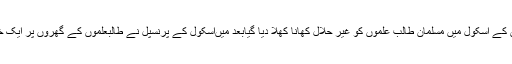
یہ الگ بات ہے کہ 21 فروری 2013 کو موصولہ رپورٹ کے مطابقلندن کے اسکول میں مسلمان طالب علموں کو غیر حلال کھانا کھلا دیا گیابعد میںاسکول کے پرنسپل نے طالبعلموں کے گھروں پر ایک خط ارسال کیا جس میں انہوں نے اس واقعے کے حوالے سے معافی مانگی۔